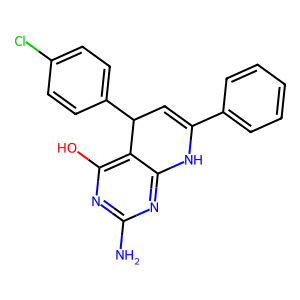
SMILES: Nc1nc(O)c2c(n1)NC(c1ccccc1)=CC2c1ccc(Cl)cc1
Inhibits HIV replication: No